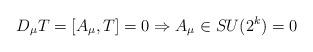
LaTeX: \begin{align*}D_{\mu}T=[A_{\mu},T]=0 \Rightarrow A_{\mu} \in SU(2^k)=0\end{align*}